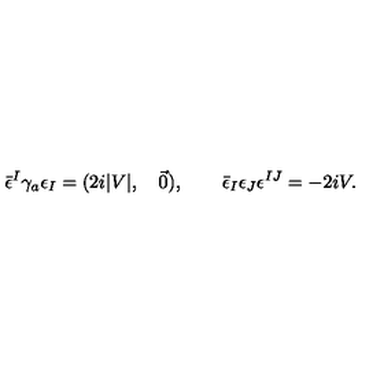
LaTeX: \bar { \epsilon } ^ { I } \gamma _ { a } \epsilon _ { I } = ( 2 i | V | , \quad \vec { 0 } ) , \qquad \bar { \epsilon } _ { I } \epsilon _ { J } \epsilon ^ { I J } = - 2 i V .